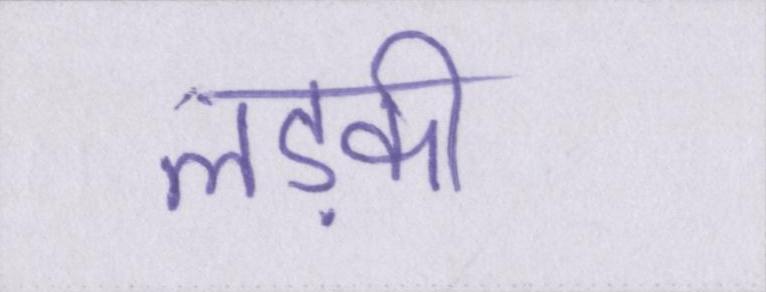
लड़की